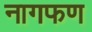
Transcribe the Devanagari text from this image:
नागफण